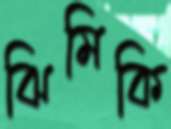
ঝিমিকি